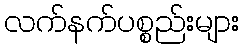
လက်နက်ပစ္စည်းများ